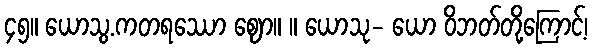
၄၅။ ယောသွ.ကတရဿော ဈော။ ။ ယောသု- ယော ဝိဘတ်တို့ကြောင့်၊